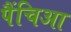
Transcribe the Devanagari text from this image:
पैंचिआ